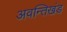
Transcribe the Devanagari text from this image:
अवन्तिखंड